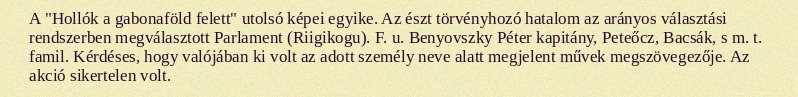
A "Hollók a gabonaföld felett" utolsó képei egyike. Az észt törvényhozó hatalom az arányos választási rendszerben megválasztott Parlament (Riigikogu). F. u. Benyovszky Péter kapitány, Peteőcz, Bacsák, s m. t. famil. Kérdéses, hogy valójában ki volt az adott személy neve alatt megjelent művek megszövegezője. Az akció sikertelen volt.